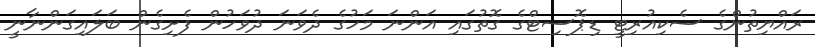
ރައްޔިތުންގެ ސެކިއުރިޓީ ޑިޕޮސިޓްގެ ގޮތުގައި އަންނަ މަހުގެ ދެވަނަ ދުވަހުން ފެށިގެން ބަލައިގަންނާނީ